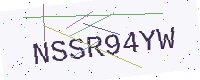
Text: NSSR94YW